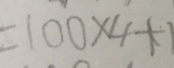
= 1 0 0 \times 4 + 1